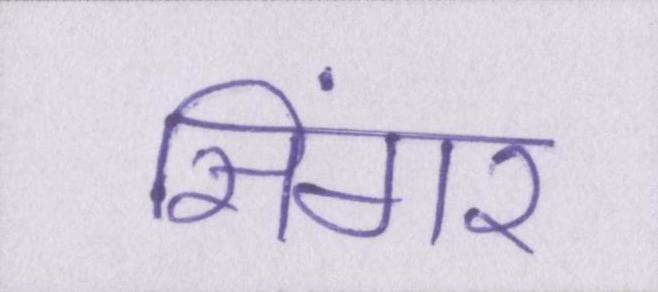
सिंगर